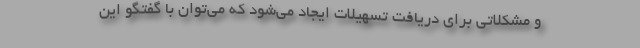
و مشکلاتی برای دریافت تسهیلات ایجاد می‌شود که می‌توان با گفتگو این